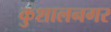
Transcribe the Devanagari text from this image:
कुशालनगर